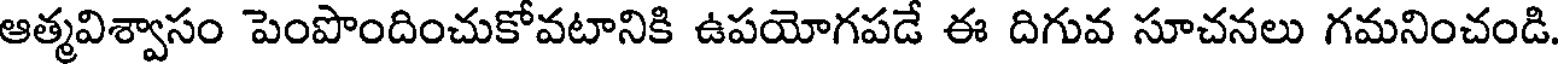
ఆత్మవిశ్వాసం పెంపొందించుకోవటానికి ఉపయోగపడే ఈ దిగువ సూచనలు గమనించండి